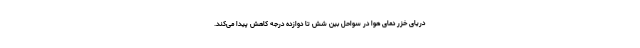
دریای خزر دمای هوا در سواحل بین شش تا دوازده درجه کاهش پیدا می‌کند.